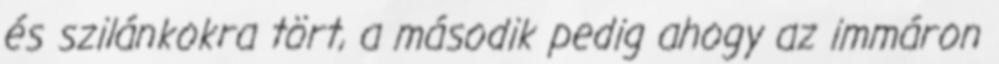
és szilánkokra tört, a második pedig ahogy az immáron